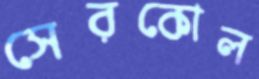
সেরকোল